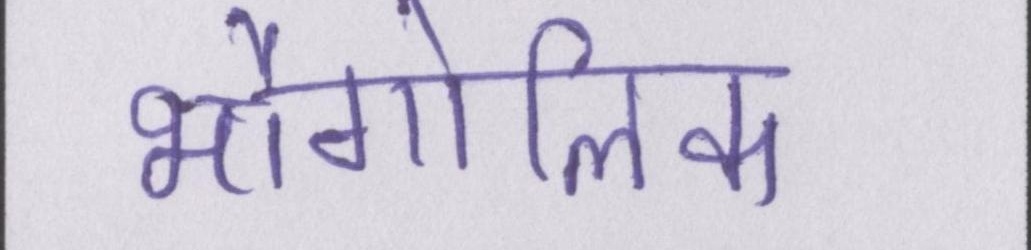
भौगोलिक